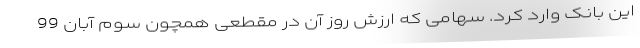
این بانک وارد کرد. سهامی که ارزش روز آن در مقطعی همچون سوم آبان 99